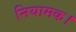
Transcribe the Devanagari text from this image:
नियामक।